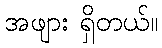
အဖျား ရှိတယ်။